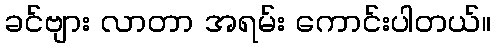
ခင်ဗျား လာတာ အရမ်း ကောင်းပါတယ်။